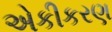
એકીકરણ